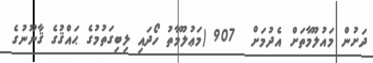
ދަށުން މައުލޫމާތަށް އެދުމަށް  907 (މަޢުލޫމާތު ހޯދައި ލިބިގަތުމުގެ ޙައްޤުގެ ޤާނޫނުގެ